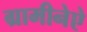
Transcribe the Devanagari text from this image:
ग्रामीनेऐ